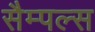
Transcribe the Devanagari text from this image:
सैम्पल्स